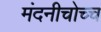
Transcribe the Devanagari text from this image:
मंदनीचोच्च